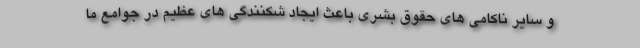
و سایر ناکامی های حقوق بشری باعث ایجاد شکنندگی های عظیم در جوامع ما